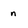
Character: n